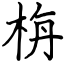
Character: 栴